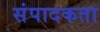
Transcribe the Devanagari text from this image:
संपादकता